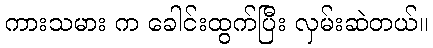
ကားသမား က ခေါင်းထွက်ပြီး လှမ်းဆဲတယ်။